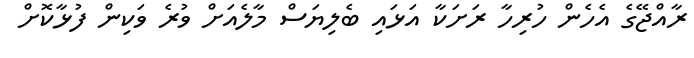
ރާއްޖޭގެ އެހެން ހުރިހާ ރަށަކާ އަޅައި ބެލިޔަސް މާލެއަށް ވުރެ ވަކިން ފުޅާކޮށް